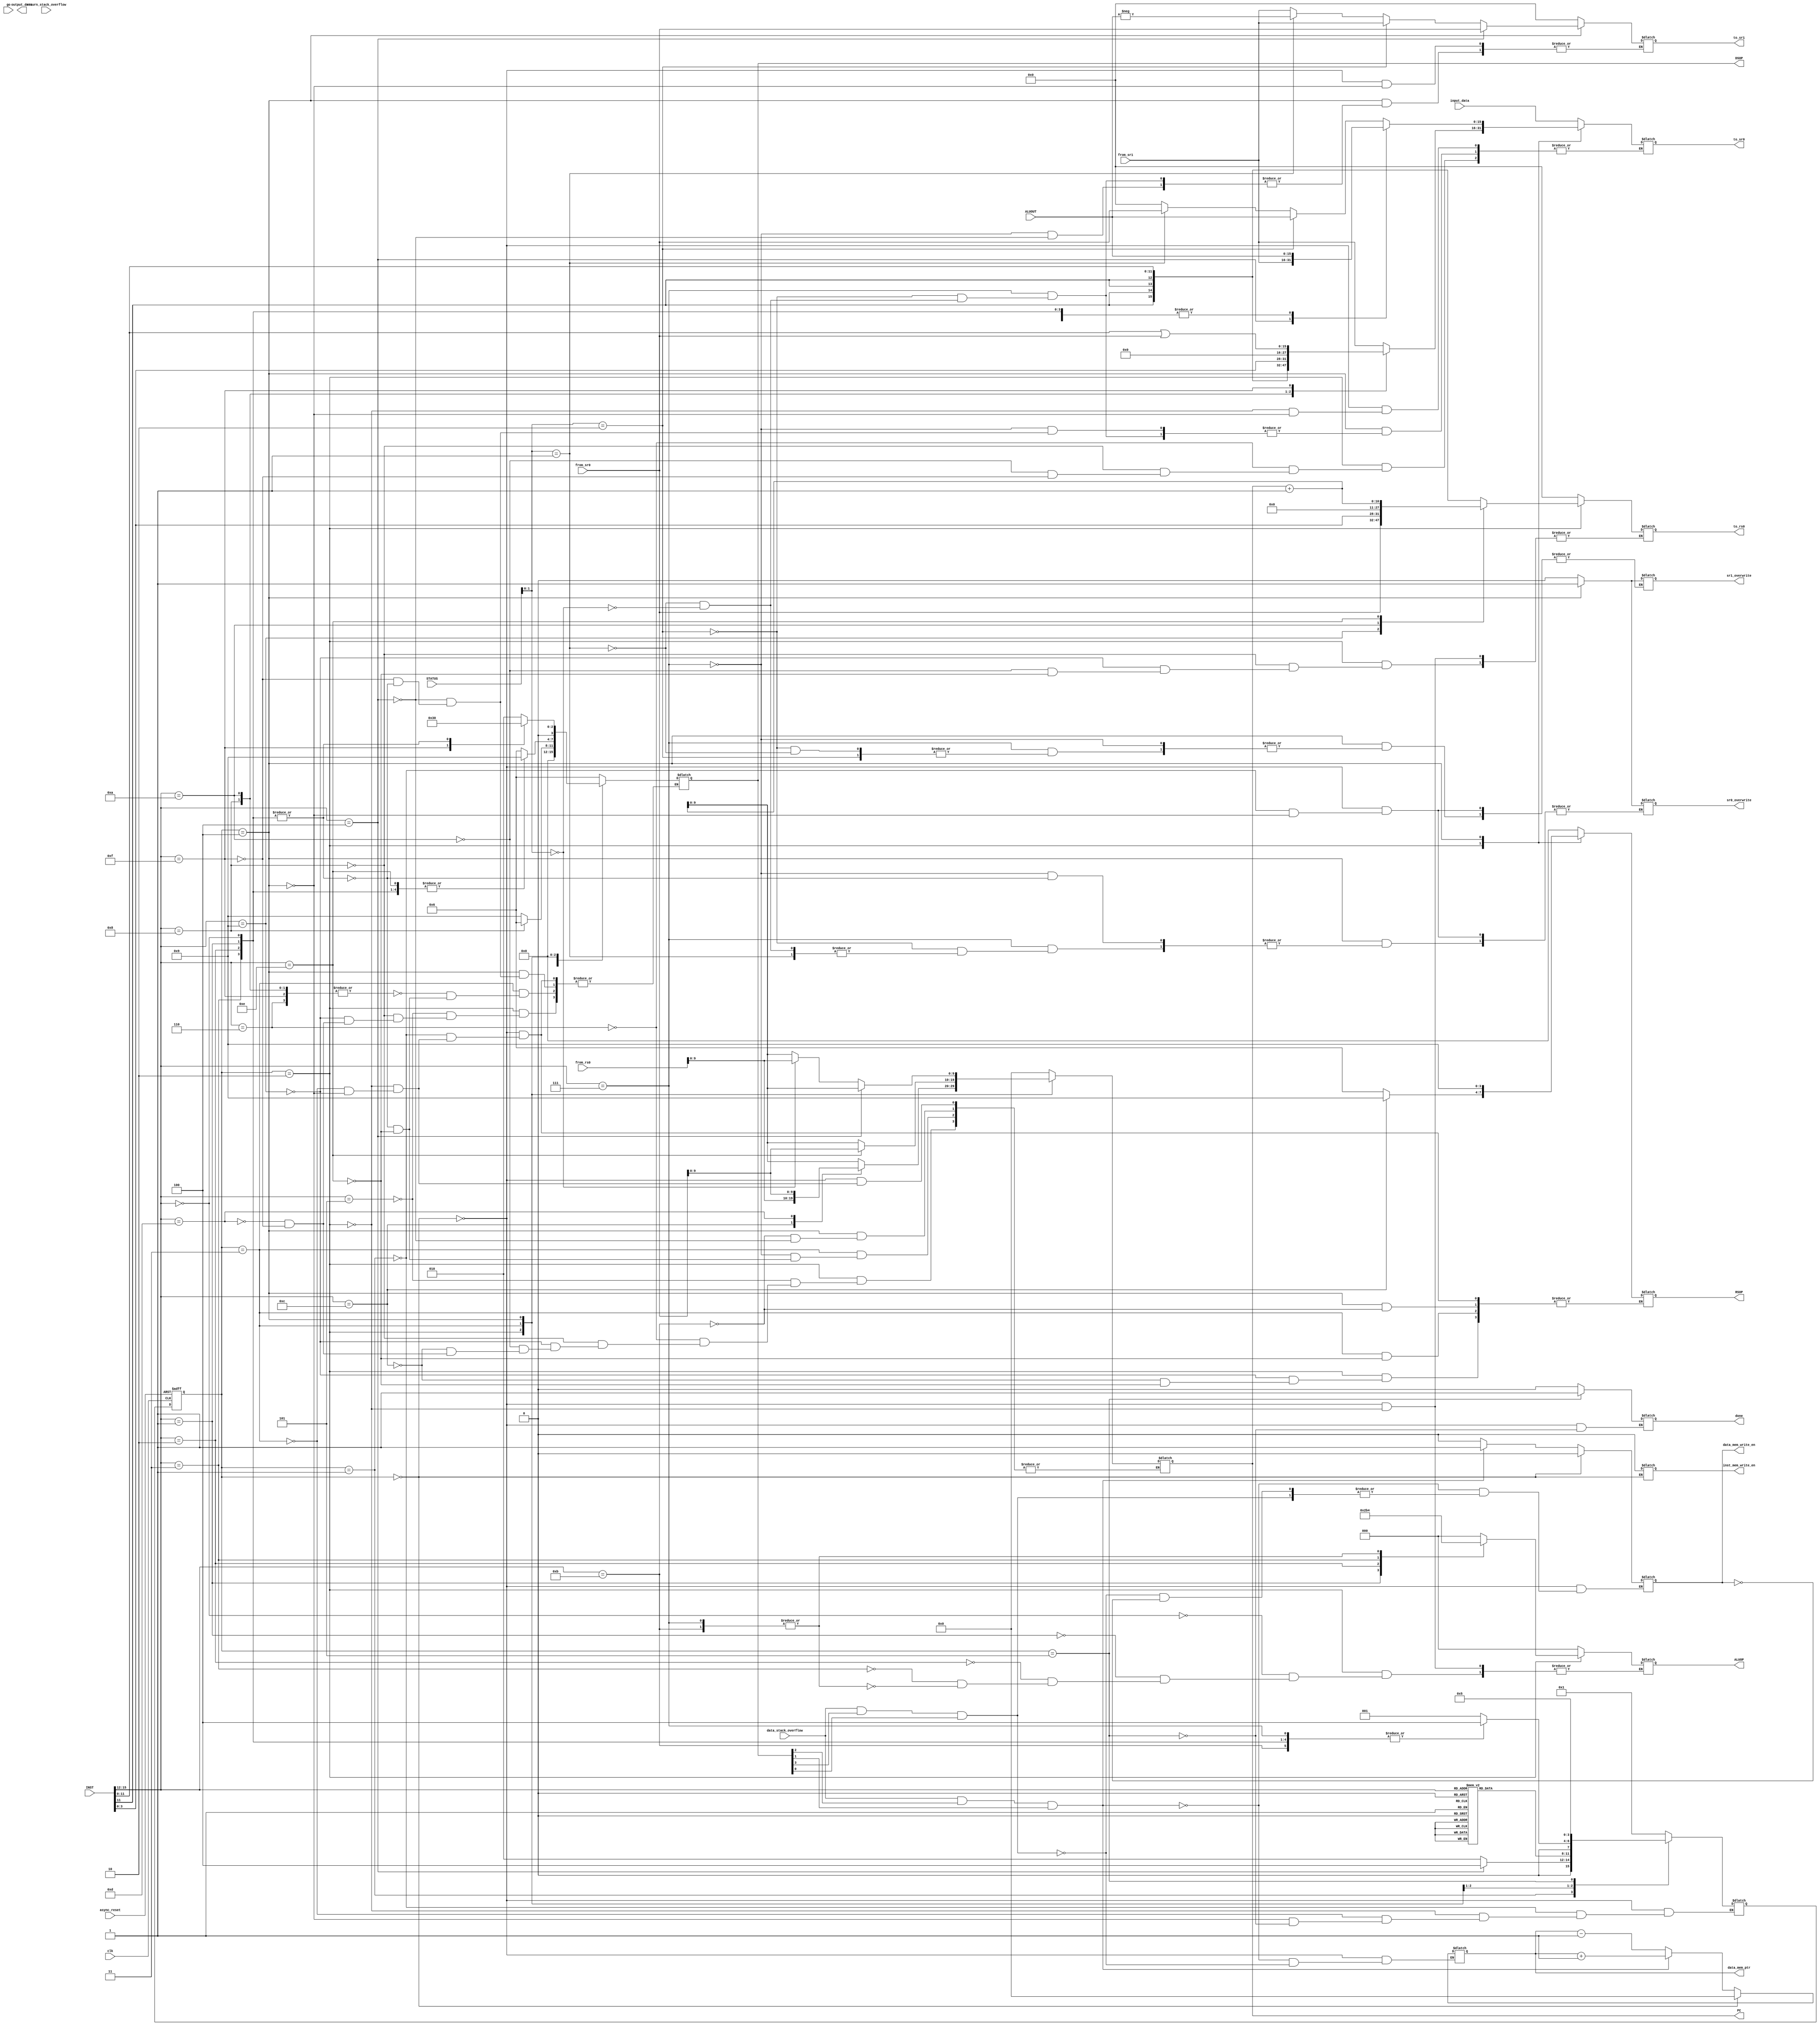
`timescale 1ns / 1ps
//////////////////////////////////////////////////////////////////////////////////
// Company: 
// Engineer: 
// 
// Design Name: 
// Module Name:    control 
// Project Name: 
// Target Devices: 
// Tool versions: 
// Description: 
//
// Dependencies: 
//
// Revision: 
// Revision 0.01 - File Created
// Additional Comments: 
//
//////////////////////////////////////////////////////////////////////////////////
module control(
 
	 input wire clk, async_reset, 
	 
	 input wire [2:0] STATUS, //from data_processor
	 
	 input wire data_stack_overflow,return_stack_overflow, //from data/return stacks for dumping to memory
	 
	 input wire [15:0] ALUOUT,
	 
	 input wire [15:0] input_data,
	 output wire [15:0] output_data,
	 
	 input go,
	 output reg done,
	
	 
	 input wire [15:0] from_sr0, from_sr1, from_rs0,
	 
	
	 input wire [15:0] INST,

	 //output [3:0] OPCODE,
	// output [15:0]PC,
	 
	 //ALU
	 output reg [2:0] ALUOP,
	 
	 //assume ALUA is sr0_out, and  ALUB is sr1_out
 	 //output [1:0] ALUA_src, ALUB_src,
	 
	 //data_stack
	 output reg [3:0] DSOP,RSOP, //data/return stack op (read,write,push,pop)
	 output reg[15:0] to_sr0, //will be the extended immediate
	 
	 output reg sr0_overwrite, sr1_overwrite,
	 output reg [15:0] to_sr1,
	 
	 //return stack
	 output reg[15:0] to_rs0,
	 
	 output reg inst_mem_write_en, data_mem_write_en,
	 output reg [9:0] PC, data_mem_ptr
	 );
	 
	 /*******************State Encodings********************
		S0 : Reset
		S1 : Fetch
		S2 : Decode
		S2 : 
		S3 : 
		S4 : 
																			*/
	 //local to this module
	 reg [3:0] current_state;
	 
	 parameter [3:0] S0 = 0, S1 = 1, S2 = 2, S3 = 3, S4 = 4, S5 = 5;
	 reg [3:0] next_state = S0;
	 
	// reg [31:0] n_inst;
	 //reg [31:0] n_cycles;
	 
	 always @(posedge clk, posedge async_reset)
		begin
		
			//n_cycles <= n_cycles + 1;
			if (async_reset) begin
				current_state <= S0;

				end
			else begin
				current_state <= next_state;
		end
		
		
		
	end
	
	
		/*DSOP,RSOP:
							SOP[3] : pop
							SOP[2] : push
							SOP[1] : write
							SOP[0] : read
						*/
						
	
	
	
	
	//set values of signals
	 always @(current_state) begin
	 
	 
	 
	 if(data_stack_overflow && DSOP[2] && DSOP[1])
			begin
				data_mem_ptr <= data_mem_ptr + 1;
				data_mem_write_en <= 1;
			end
		else if(data_stack_overflow && DSOP[3] && DSOP[0])
			begin
				data_mem_ptr <= data_mem_ptr - 1;
			end
			
		else if(data_mem_write_en)
			data_mem_write_en <= 0;
			
				case(current_state)
				
					S0: 
						begin
						PC <= 0; //reset
						
						done <= 0;
						data_mem_ptr <= 0;
						inst_mem_write_en <= 0;
						data_mem_write_en <= 0;
						to_sr1  <= 0;
						ALUOP <= 0;
						DSOP <= 0;
						RSOP <= 0;
						to_sr0 <= 0;
						to_rs0 <= 0;
						sr0_overwrite <= 1'b0;
						sr1_overwrite <= 1'b0;
						
				//		n_cycles <= 0;
					//	n_inst <= 0;
						
						to_sr0 <= input_data;
						DSOP <= 4'b0110;
						
				

						end
						
					S1:
						//Fetch the instruction here
					 
						//Always just do the comparison
						begin
						
						if(PC == 6'd38)
							$display("PC is 38");
						//	done <= 1'b1;
						
						
					//	n_inst <= n_inst + 1;
						
						
						DSOP <= 4'b0000; //turn off DS operations
						RSOP <= 4'b0000; //turn off RS operations
						sr0_overwrite <= 1'b0; //turn off sr1 overwrite
						sr1_overwrite <= 1'b0;
						/****COMMENTED THIS OUT FOR NOW TO GET SOME OTHER MORE BASIC 
						STUFF WORKING FIRST**/
					//	ALUOP <= 3'b100;
						
						end
						
						
					S2: //Decode and set PC appropriately
						
						/*DSOP,RSOP:
							SOP[3] : pop
							SOP[2] : push
							SOP[1] : write
							SOP[0] : read
						*/
						
						
						begin	
							case(INST[15:12]) 
							
								
									//Add
									4'b0000:
										begin
											ALUOP <= 3'b000;
										end
										
									//Subtract
									4'b0001:
										begin
											ALUOP <= 3'b001;
										end
										
									//Bitwise And
									4'b0010:
										begin
											ALUOP <= 3'b010;
										end
									
									//Bitwise Or
									4'b0011:
										begin
											ALUOP <= 3'b110;
										end
									
									//PopS
									4'b0101:
										begin
											PC <= PC + 1;
											DSOP <= 4'b1001;
										end
										
									//CloneSR1
									4'b0110:
										begin
											//DSOP <= 4'b0110;
											PC <= PC + 1;
											to_sr0 <= from_sr1;
										end
						
									//PushI
									4'b1000:
										begin
											PC <= PC + 1;
											DSOP <= 4'b0110;
											to_sr0 <= {{4{INST[11]}},INST[11:0]};
											to_rs0 <= {{4{INST[11]}},INST[11:0]};
										end
										
									//PopR
									4'b1001:
										begin
											PC <= PC + 1;
											to_rs0 <= from_sr0;
											RSOP <= 4'b0110;
											DSOP <= 4'b1001;											
										end
									
									//PushU
									4'b1010:
										begin
											PC <= PC + 1;
											to_sr0 <= {INST[3:0],12'b0};
											to_rs0 <= {INST[3:0],12'b0};
										end
									
									/*beq, awesome_inst*/
							
									4'b1011, 4'b0111:
										begin
											ALUOP <= 3'b100; //compare
										end
									
									//Return
									4'b1100:
										begin
											PC <= from_rs0;
											RSOP <= 4'b1001;
										end
									
									//Jump
									4'b1101:
										begin
											PC <= from_sr0;
											DSOP <= 4'b1001;
										end
									
									//JumpL
									4'b1110:
										begin
											RSOP <= 4'b0110;
											to_rs0 <= PC + 1;
										end
									
									/*orI*/
									4'b1111:
										begin
											PC <= PC+1;
											to_sr0 <= {4'b0, INST[11:0]} | from_sr0;
											DSOP <= 4'b1001;
										end	
								endcase
						end
					S3: 
						begin		
								case(INST[15:12]) 
									
								/*awesome_inst*/	4'b0111  : PC <= PC + 1;
								
								/*pushI*/			4'b1000,
								/*pushU*/			4'b1010,
								/*orI*/				4'b1111, 
								/*cloneSR1*/		4'b0110	: DSOP <= 4'b0110; //push
								
								
								/*Add*/			  	4'b0000, 
								/*Subtract*/		4'b0001, 
								/*And*/				4'b0010, 
								/*Or*/				4'b0011	:
										begin
											PC <= PC + 1;
											DSOP<= 4'b1001;	//pop
										end
										

									//Ori
									4'b1111:
										begin
									//	PC <= PC + 1;
											DSOP <= 4'b1001;
											//ALUOP <= 3'b110;
										end

									//jumpL
									4'b1110:
										begin
											RSOP <= 4'b0000;
											PC <= from_sr0;
											DSOP <= 4'b1001;
										end
									
								
								endcase
							
							end
							
					S4:
						begin
							case(INST[15:12])
							
							
									/*beq*/
									4'b1011:
																		
										begin
										
										
											if(STATUS[1:0] == 2'b00) begin
												//Throw the from_rs0 value into PC if the top two on the data stack are equal
												PC <= from_rs0;
												//Pop the top address off the return stack regardless
												end
												else PC <= PC + 1;
											
											RSOP <= 4'b1001;
										end
							
									/*awesome_inst*/
									
									4'b0111:
										
										//A > B
										begin
											if(STATUS[1:0] == 2'b10) begin
												sr0_overwrite <= 1;
												to_sr0 <= ALUOUT;
												to_sr1 <= from_sr1; 
											end
											
											
											//A < B
											else if(STATUS[1:0] == 2'b01) begin
												to_sr0 <= from_sr0;
												to_sr1 <= -ALUOUT;
												sr1_overwrite <= 1;
												
												
											end	
											
										//A == B
											else if(STATUS[1:0] == 2'b00) begin
												to_sr0 <= 0;
												sr0_overwrite <= 1;
												to_sr1 <= from_sr1;
											end


											
										end
								//swapTop
								4'b0100:
									begin
										PC <= PC + 1;
										to_sr0 <= from_sr1; //from_sr0 gets sr1
										to_sr1 <= from_sr0;	 //sr1 gets from_sr0
										DSOP <= 4'b0010; //assert write only for overwrite w/o push/pop
									end
								//Ori
								4'b1111:
									begin
										to_sr0 <= ALUOUT;
										DSOP <= 4'b0110;
									end
									
								/*add, sub, and, or*/ 
								4'b0000,4'b0001, 4'b0010, 4'b0011:
									begin
										DSOP <= 4'b0000;
										to_sr0 <= ALUOUT; 	//set writeback data
										sr0_overwrite <= 1; //overwrite sr0
									end
								
								//Awesome Instruction
							endcase
						end
						
				S5: done <= 1'b1;
			
			endcase
		end
	//compute next state	
		always @(current_state, next_state)
			begin
				case(current_state)

					S0:
					//begin
					//if(go)
							next_state <= S1;
						// else next_state <= S5;
						 
					//end
					S1:
					//begin
					
					//if(PC ==  5'd38) 
						//done <= 1;
						
					case (INST[15:12])
					
							
							/*swapTop*/		4'b0100
															: next_state <= S4;
							
							default						: next_state <= S2; 
						endcase
					//end
					S2: case(INST[15:12])
							
						
							/*return*/		4'b1100,
							/*jump*/			4'b1101,
							/*pushI*/		4'b1000, 
							/*popR*/			4'b1001,
							/*popS*/			4'b0101 : next_state <= S1;
							
							
							/*pushU*/		4'b1010, 							
							/*add,*/ 		4'b0000,
							/*sub*/			4'b0001,
							/*and*/ 			4'b0010,
							/*or*/ 			4'b0011,
							/*orI*/ 			4'b1111,
							/*cloneSR1*/	4'b0110,
			
							/*aws_int*/  	4'b0111,
							/*jumpL*/	 	4'b1110,
							/*beq*/ 			4'b1011
															: next_state <= S3;
									
															
							default						: next_state <= S5; //error state
						endcase
						
						 
					S3:
					begin
						
						case(INST[15:12])
						/*awesome_inst*/	4'b0111,
						/*beq*/				4'b1011,
						/*add	*/				4'b0000,
						/*sub	*/				4'b0001,
						/*and	*/				4'b0010,
						/*or	*/				4'b0011 : next_state <= S4;

						/*pushI, pushU, beq */
						default: next_state <= S1;
						endcase

						
					end
					S4: next_state <= S1;	
					
					S5: 
						
							next_state <= S5;
						
						
			
			endcase
		end
		
endmodule